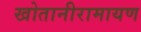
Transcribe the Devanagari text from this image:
खोतानीरामायण